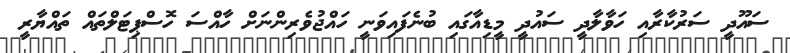
ސައޫދީ ސަރުކާރާއި ހަވާލާދީ ސައުދީ މީޑިއާގައި ބުނެފައިވަނީ ހައްޖުވެރިންނަށް ހާއްސަ ހޮސްޕިޓަލްތައް ތައްޔާރީ